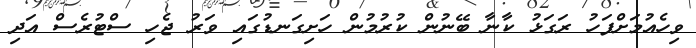
ވިހެއުމަށްފަހު ރަގަޅު ކާނާ ބޭނުން ކުރުމުން ހަށިގަނޑުގައި ވަރު ޖެހި ސްޓުރެސް އަދި